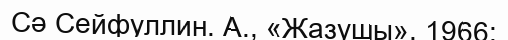
Сә Сейфуллин. А., «Жазушы», 1966;